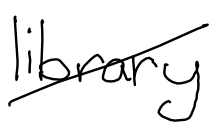
Text: library
Cross-out: diagonal
Writing tool: digital_black